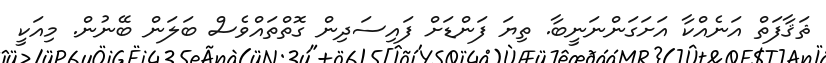
ޘަޤާފަތް އަނެއްކާ އަށަގަންނަނީބާ. ތިޔަ ފަންޑަށް ފައިސަދިން ގޮތްތައްވެސް ބަލަން ބޭނުން. މިއަކީ